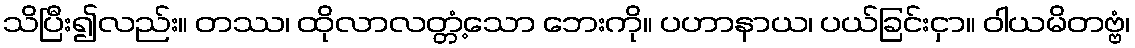
သိပြီး၍လည်း။ တဿ၊ ထိုလာလတ္တံ့သော ဘေးကို။ ပဟာနာယ၊ ပယ်ခြင်းငှာ။ ဝါယမိတဗ္ဗံ၊